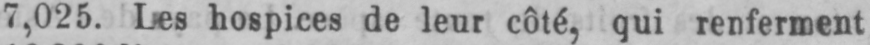
7,025. Les hospices de leur côté, qui renferment